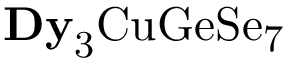
\mathrm { { \bf D y } _ { 3 } C u G e S e _ { 7 } }